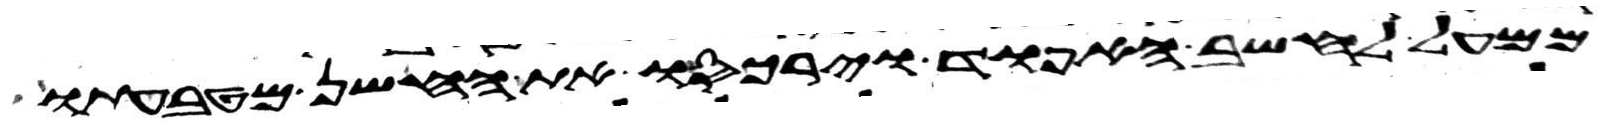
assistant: ממעל לחשב האפוד וירכסו את החשן מטבעתו